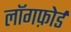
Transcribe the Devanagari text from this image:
लॉगफ़ोर्ड